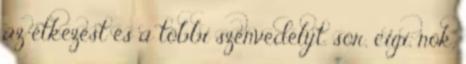
az étkezést és a többi szenvedélyt. sör, cigi, nõk,